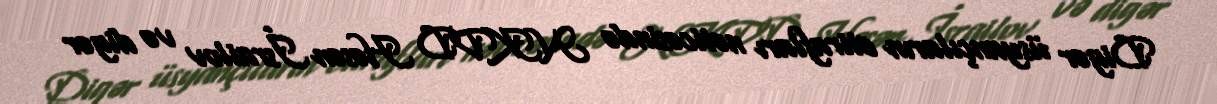
Digər üsyançıların etirafları nəticəsində NKVD Həsən İsrailov və digər